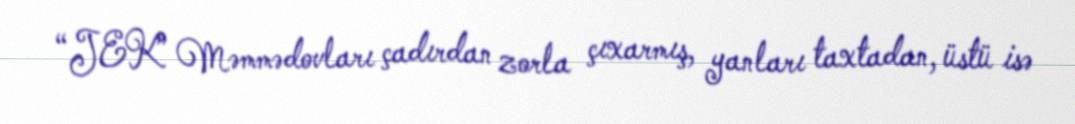
“JEK” Məmmədovları çadırdan zorla çıxarmış, yanları taxtadan, üstü isə